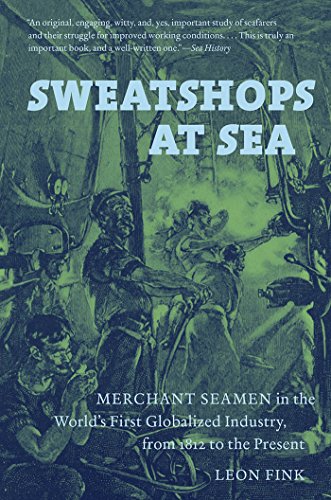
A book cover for Sweatshops at Sea: Merchant Seamen in the World's First Globalized Industry, from 1812 to the Present; Leon Fink; History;